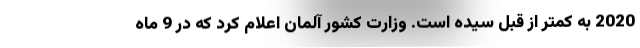
2020 به کمتر از قبل سیده است. وزارت کشور آلمان اعلام کرد که در 9 ماه